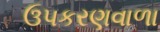
ઉપકરણવાળા